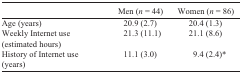
<table><thead><tr><td>[EMPTY_CELL]</td><td><b>Men (<i>n</i> = 44)</b></td><td><b>Women (<i>n</i> = 86)</b></td></tr></thead><tbody><tr><td>Age (years)</td><td>20.9 (2.7)</td><td>20.4(1.3)</td></tr><tr><td>Weekly Internet use (estimated hours)</td><td>21.3 (11.1)</td><td>21.1 (8.6)</td></tr><tr><td>History of Internet use (year)</td><td>11.1 (3.0)</td><td>9.4(2.4)<sup>*</sup></td></tr></tbody></table>